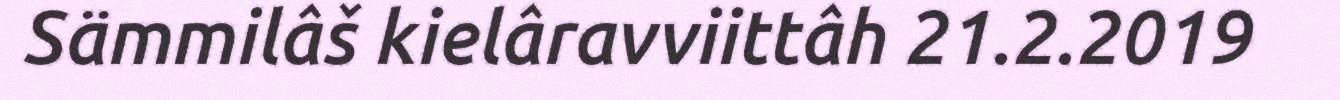
Sämmilâš kielâravviittâh 21.2.2019